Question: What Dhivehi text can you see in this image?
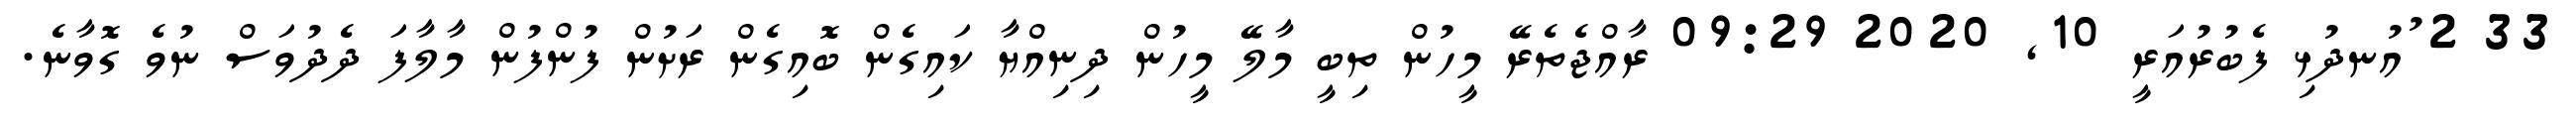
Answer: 33 2 ުއުނދުޅި ފެބުރުއަރީ 10, 2020 09:29 ރާއްޖެތެރޭ މީހުން ތިބީ މާލޭ މީހުން ދިނިއްޔާ ކައިގެން ބޮއިގެން ރަށުން ފުންފުން މާލާފަ ދެދުވަސް ނުވެ ގޮވާނެ.